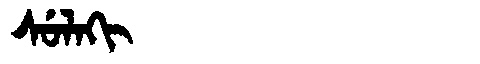
Manchu: ᠰᡠᠯᠠᡴᡳ
Romanization: SULAKI